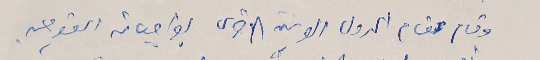
وقام مقام الدول العربية الاخرى بواجباته القوميه